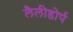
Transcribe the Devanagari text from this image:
लैलीडोर्प